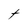
Character: t